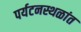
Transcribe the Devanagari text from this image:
पर्यटनस्थळांत